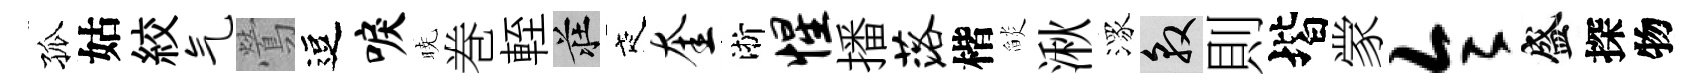
孤姑絞气鶯逗唳暁巻輊莊夜奎淅惺播落楷𦦨湫潈敦則堦䝉令盛探物